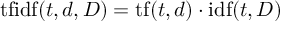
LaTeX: \mathrm { t f i d f } ( t , d , D ) = \mathrm { t f } ( t , d ) \cdot \mathrm { i d f } ( t , D )